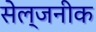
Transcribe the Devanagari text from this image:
सेल्जनीक